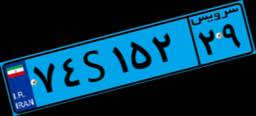
۴۸S۳۷۴۹۶